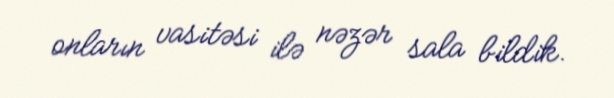
onların vasitəsi ilə nəzər sala bildik.